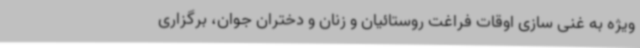
ویژه به غنی سازی اوقات فراغت روستائیان و زنان و دختران جوان، برگزاری